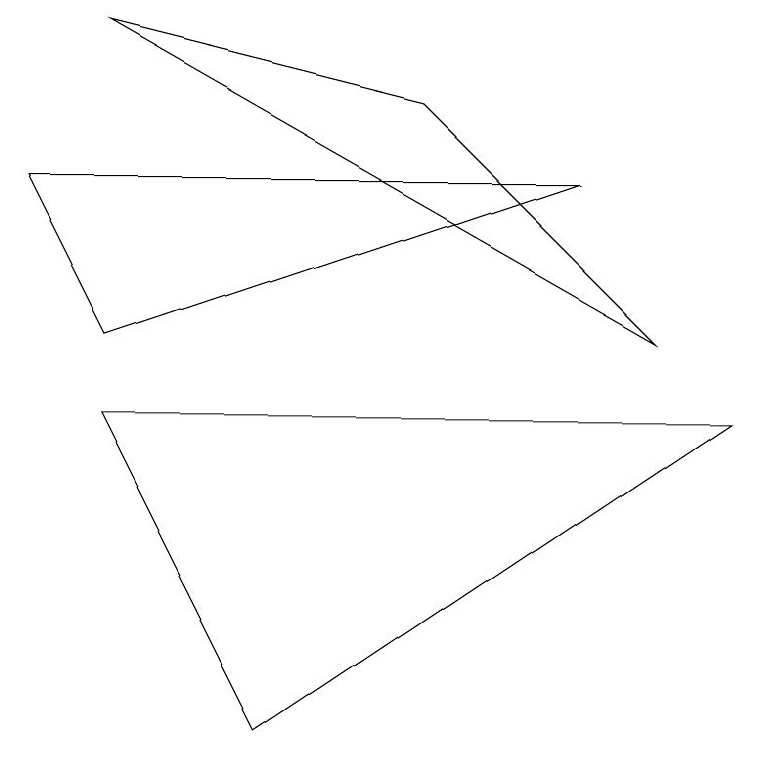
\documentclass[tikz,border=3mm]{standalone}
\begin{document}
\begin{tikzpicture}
\draw (1,4) -- (3,0) -- (9,4) -- cycle;
\draw (7,7) -- (1,5) -- (0,7) -- cycle;
\draw (1,9) -- (5,8) -- (8,5) -- cycle;
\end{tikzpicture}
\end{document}